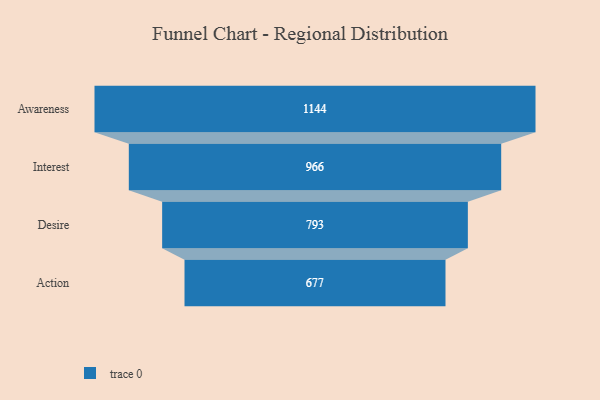
{"axis": {"x": "Stage", "y": "Value"}, "legend": [""], "data": [{"x": "Awareness", "y": 1144.0, "type": ""}, {"x": "Interest", "y": 966.0, "type": ""}, {"x": "Desire", "y": 793.0, "type": ""}, {"x": "Action", "y": 677.0, "type": ""}]}